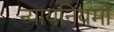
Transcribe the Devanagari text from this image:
न्यायनियमों